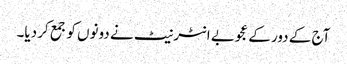
آج کے دور کے عجوبے انٹرنیٹ نے دونوں کو جمع کر دیا۔